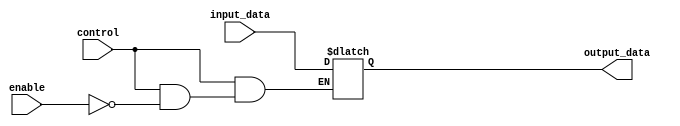
module tri_state_buffer (
    input wire input_data,
    input wire enable,
    input wire control,
    output reg output_data
);

always @ (input_data, enable, control)
begin
    if (control == 1'b1)
    begin
        if (enable == 1'b1)
            output_data = input_data;
    end
    else
    begin
        output_data = 1'bz; // High impedance state
    end
end

endmodule